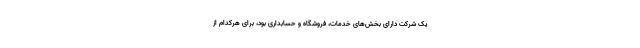
یک شرکت دارای بخش‌های خدمات، فروشگاه و حسابداری بود، برای هرکدام از